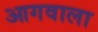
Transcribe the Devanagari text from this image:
आगवाला